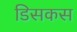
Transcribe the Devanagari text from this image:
डिसकस